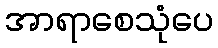
အာရာစေသုံပေ